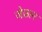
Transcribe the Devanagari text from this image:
जेफ्रान